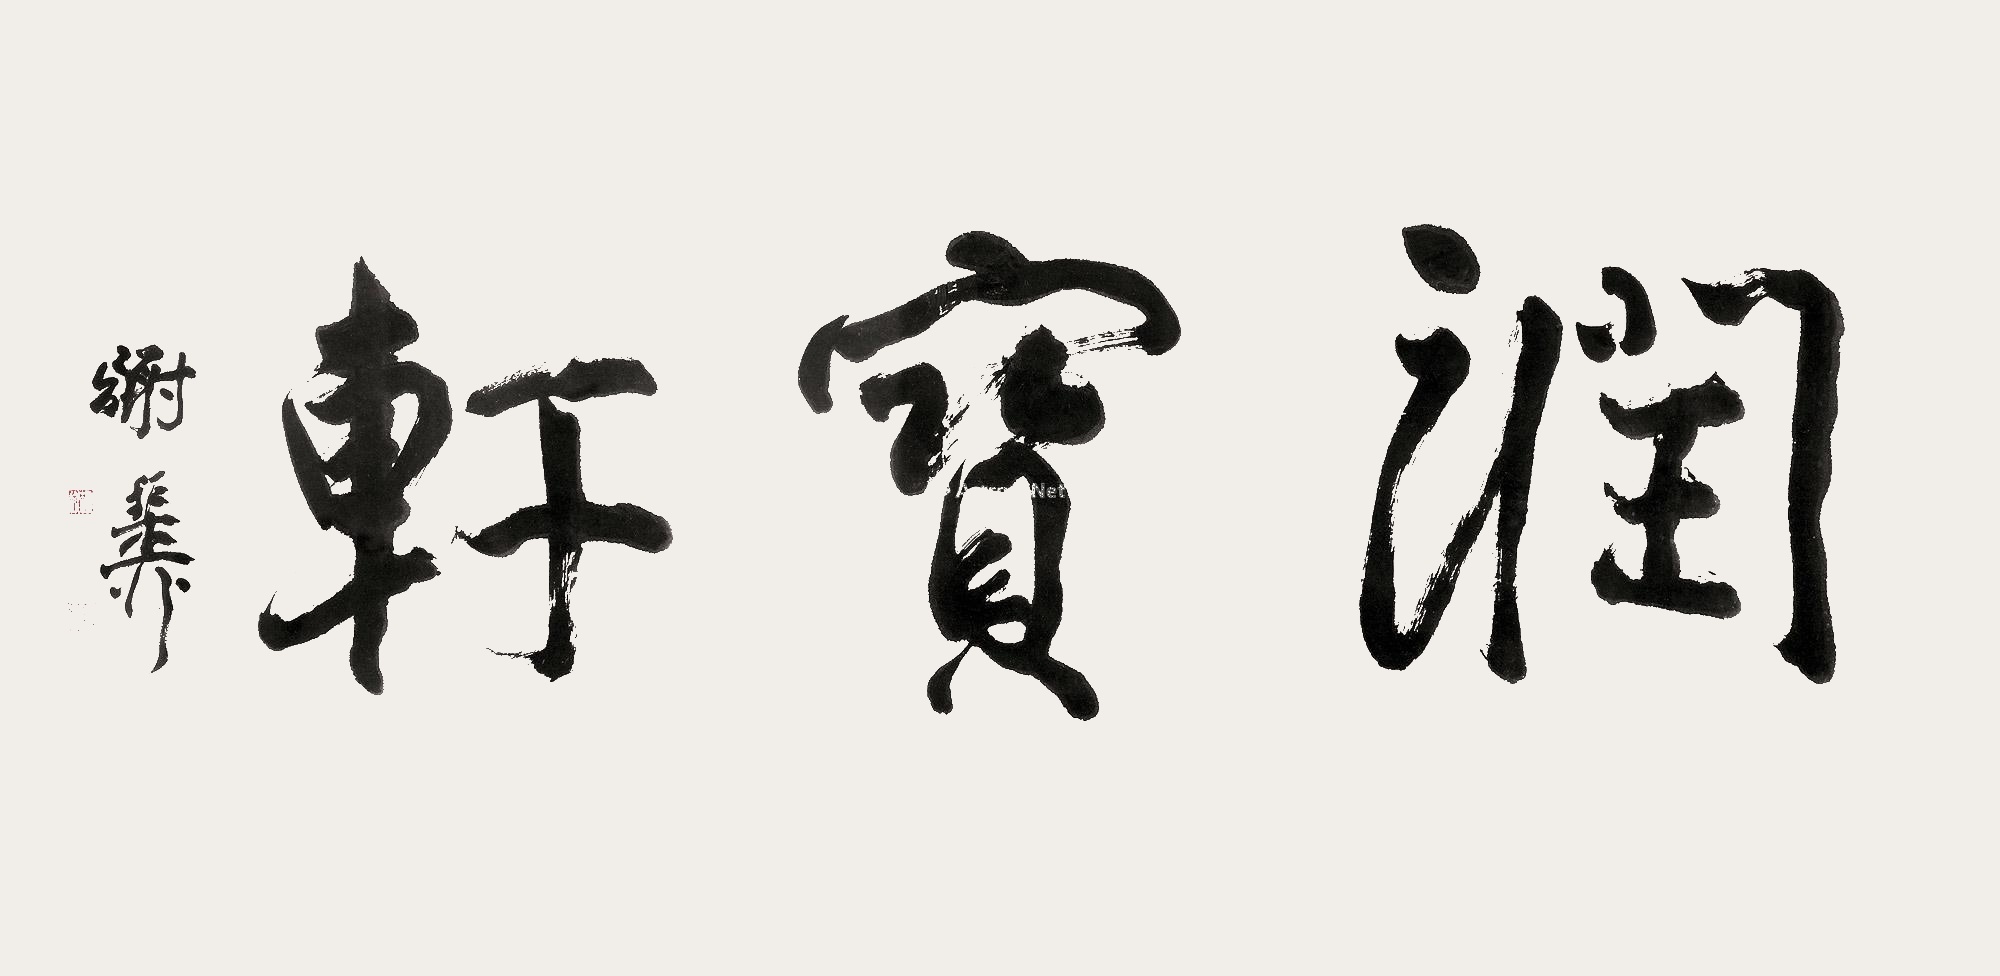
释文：润宝轩。谢稚柳。